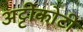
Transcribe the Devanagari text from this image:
अट्टीकोटी